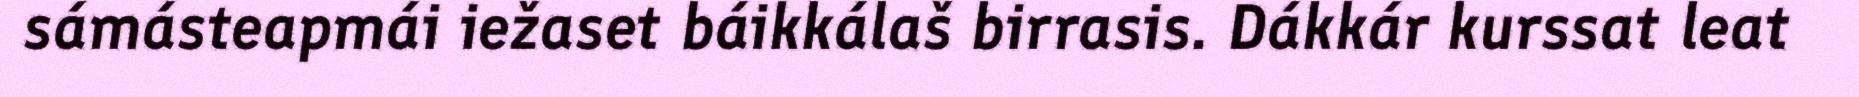
sámásteapmái iežaset báikkálaš birrasis. Dákkár kurssat leat